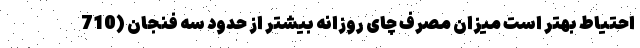
احتیاط بهتر است میزان مصرف چای روزانه بیشتر از حدود سه فنجان (710